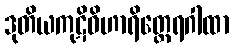
ဒုတိယကုဋိဝိဟာရိတ္ထေရဂါထာ